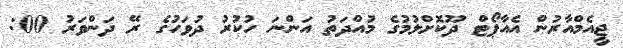
ޖީއެމްއާރުން އެއާޕޯޓް ދޫކޮށްލުމުގެ މުއްދަތު އަންނަ ހުކުރު ދުވަހުގެ ރޭ ދަންވަރު 00: